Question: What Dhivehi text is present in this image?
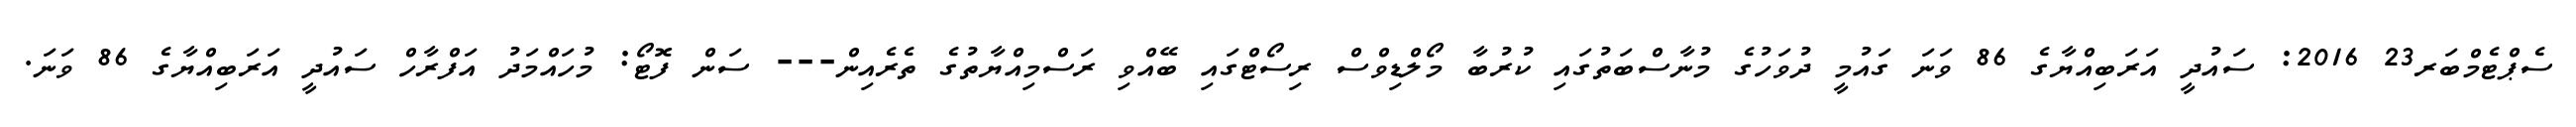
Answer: ސެޕްޓެމްބަރ23 2016: ސައުދީ އަރަބިއްޔާގެ 86 ވަނަ ގައުމީ ދުވަހުގެ މުނާސްބަތުގައި ކުރުބާ މޯލްޑިވްސް ރިސޯޓްގައި ބޭއްވި ރަސްމިއްޔާތުގެ ތެރެއިން--- ސަން ފޮޓޯ: މުހައްމަދު އަފްރާހް ސައުދީ އަރަބިއްޔާގެ 86 ވަނަ.